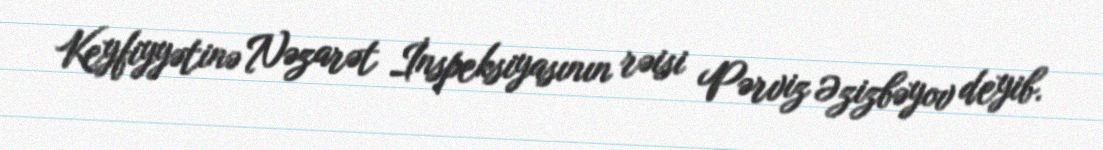
Keyfiyyətinə Nəzarət İnspeksiyasının rəisi Pərviz Əzizbəyov deyib.